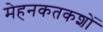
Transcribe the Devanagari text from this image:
मेहनकतकशों